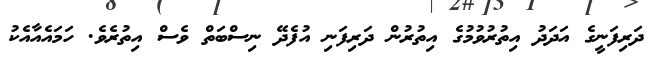
ދަރިފަނީގެ އަދަދު އިތުރުވުމުގެ އިތުރުން ދަރިފަނި އުފެދޭ ނިސްބަތް ވެސް އިތުރެވެ. ހަމައެއާއެކު